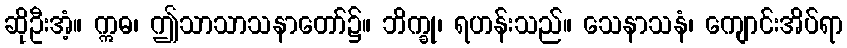
ဆိုဦးအံ့။ ဣဓ၊ ဤသာသာသနာတော်၌။ ဘိက္ခု၊ ရဟန်းသည်။ သေနာသနံ၊ ကျောင်းအိပ်ရာ